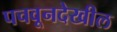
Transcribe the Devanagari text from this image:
पचवूनदेखील